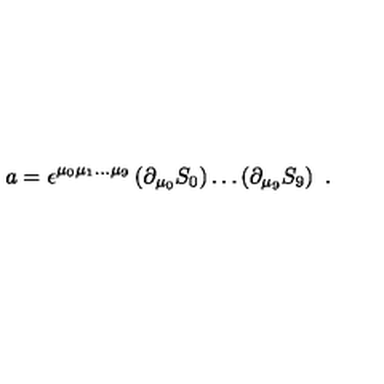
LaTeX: a = \epsilon ^ { \mu _ { 0 } \mu _ { 1 } \dots \mu _ { 9 } } \left( \partial _ { \mu _ { 0 } } S _ { 0 } \right) \dots \left( \partial _ { \mu _ { 9 } } S _ { 9 } \right) \ .